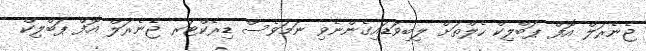
ޖެނެރަލް އޮފް ޕަބްލިކް ހެލްތަށް ލިބިވަޑައިގެންނެވި ނަމަވެސް ޑިރެކްޓަރ ޖެެނެރަލް އޮފް ޕަބްލިކް